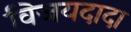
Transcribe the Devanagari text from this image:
विजयदादा